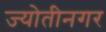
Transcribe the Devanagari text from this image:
ज्योतीनगर